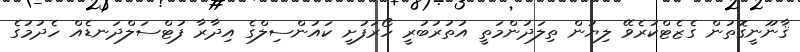
ޤާނޫނީގޮތުން ގެޒެޓްކުރެވޭ ލިޔުން ތިލަދުންމަތީ އުތުރުބުރީ ހޯރަފުށީ ކައުންސިލްގެ އިދާރާ ފުޓްސަލްދަނޑެއް ހެދުމުގެ